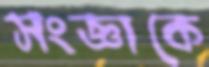
সংজ্ঞাকে